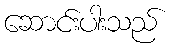
ဆောင်းပါးသည်